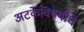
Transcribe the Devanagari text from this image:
अटकेविषयीचे